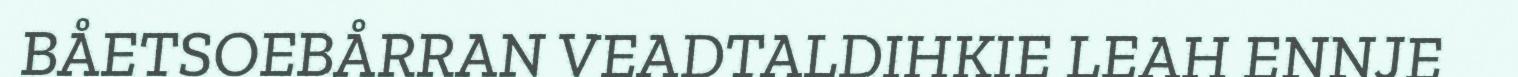
BÅETSOEBÅRRAN VEADTALDIHKIE LEAH ENNJE